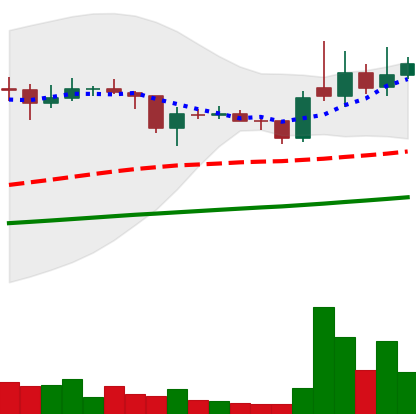
Ticker: XLM-USD
Chart end date: 2021-02-02
Forward return: 13.919%
Label: up_7plus